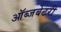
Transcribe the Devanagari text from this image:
ऑब्जर्बेटरी